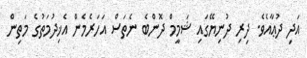
އަދި ދުޢާއެވެ. ދިރި ދުނިޔޭގައި ޝަމީމް ދޮންބެ ނެތަސް އަހަރެމެން އެޚިދުމަތުގެ މަތިން